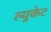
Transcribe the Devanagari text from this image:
ल्युकेट